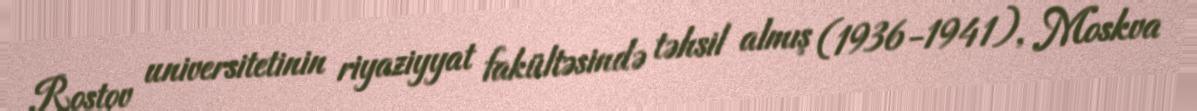
Rostov universitetinin riyaziyyat fakültəsində təhsil almış (1936-1941), Moskva